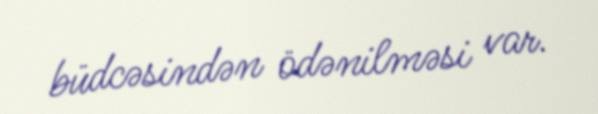
büdcəsindən ödənilməsi var.